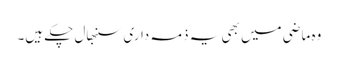
وہ ماضی میں بھی یہ ذمہ داری سنبھال چکے ہیں۔